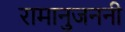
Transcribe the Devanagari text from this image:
रामानुजननी